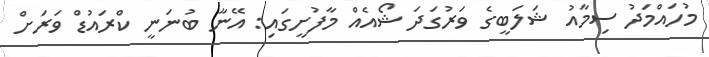
މުހައްމަދު ސިމާއު ޝަލަބީގެ ވަރުގަދަ ޝޯއެއް މާފުށީގައި: އޭނާ ބުނަނީ ކްރައުޑް ވަރަށް